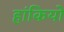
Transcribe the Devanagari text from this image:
हांकियो